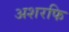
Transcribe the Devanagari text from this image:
अशरफि